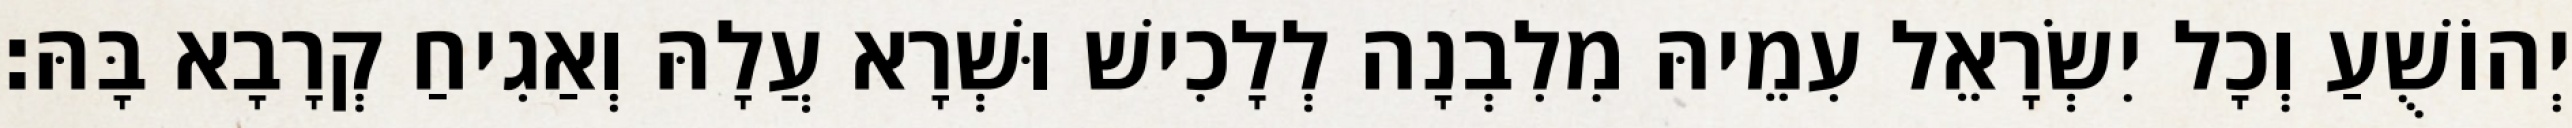
יְהוֹשֻׁעַ וְכָל יִשְׂרָאֵל עִמֵיהּ מִלִבְנָה לְלָכִישׁ וּשְׁרָא עֲלָהּ וְאַגִיחַ קְרָבָא בָּהּ׃